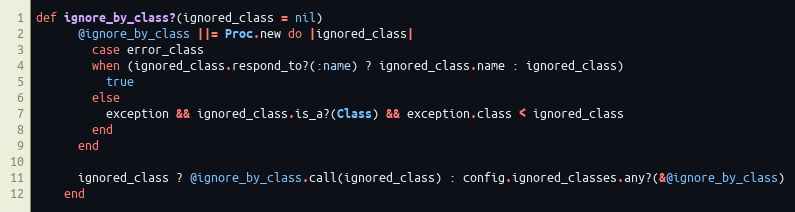
Language: Ruby
def ignore_by_class?(ignored_class = nil)
      @ignore_by_class ||= Proc.new do |ignored_class|
        case error_class
        when (ignored_class.respond_to?(:name) ? ignored_class.name : ignored_class)
          true
        else
          exception && ignored_class.is_a?(Class) && exception.class < ignored_class
        end
      end

      ignored_class ? @ignore_by_class.call(ignored_class) : config.ignored_classes.any?(&@ignore_by_class)
    end